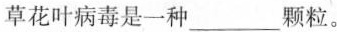
草花叶病毒是一种___颗粒。